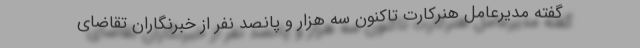
گفته مدیرعامل هنرکارت تاکنون سه هزار و پانصد نفر از خبرنگاران تقاضای